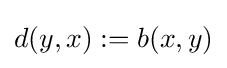
d(y,x):=b(x,y)